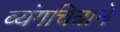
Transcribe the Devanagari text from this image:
व्यंगचित्राने